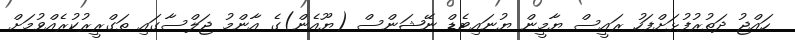
ހައްޖު ދަތުރުފުޅަށްފަހު ރައީސް ޔާމީން ޔުނައިޓެޑް ނޭޝަންސް (ޔޫއެން)ގެ އާންމު ޖަލްސާގައި ތަގްރީރުކުރެއްވުމަށް